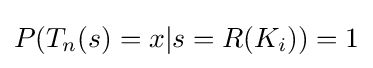
P(T_{n}(s)=x|s=R(K_{i}))=1